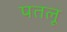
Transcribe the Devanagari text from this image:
पतलू